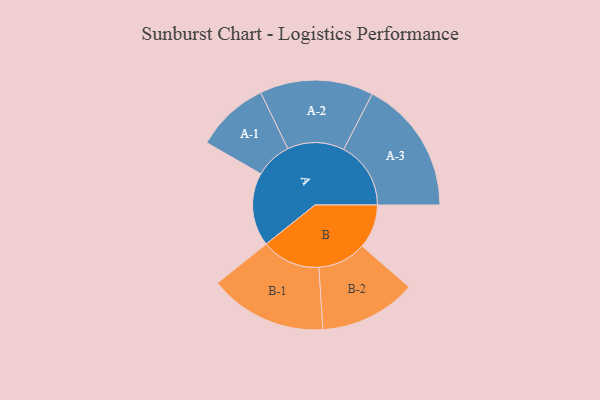
{"axis": {"x": "Segment", "y": "Value"}, "legend": ["", "A", "B"], "data": [{"x": "A", "y": 212, "type": ""}, {"x": "B", "y": 127, "type": ""}, {"x": "A-1", "y": 106, "type": "A"}, {"x": "A-2", "y": 164, "type": "A"}, {"x": "A-3", "y": 194, "type": "A"}, {"x": "B-1", "y": 170, "type": "B"}, {"x": "B-2", "y": 140, "type": "B"}]}